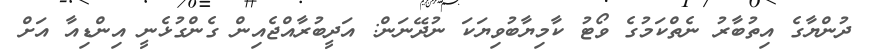
ދުންޔާގެ އިތުބާރު ނެތްކަމުގެ ވޯޓު ކާމިޔާބުވިޔަކަ ނުދޭނަން: އަދީބުރާއްޖެއިން ގެންގުޅެނީ އިންޑިއާ އަށް